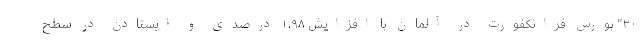
۳۰" بورس فرانکفورت در آلمان با افزایش ۱.۹۸ درصدی و ایستادن در سطح